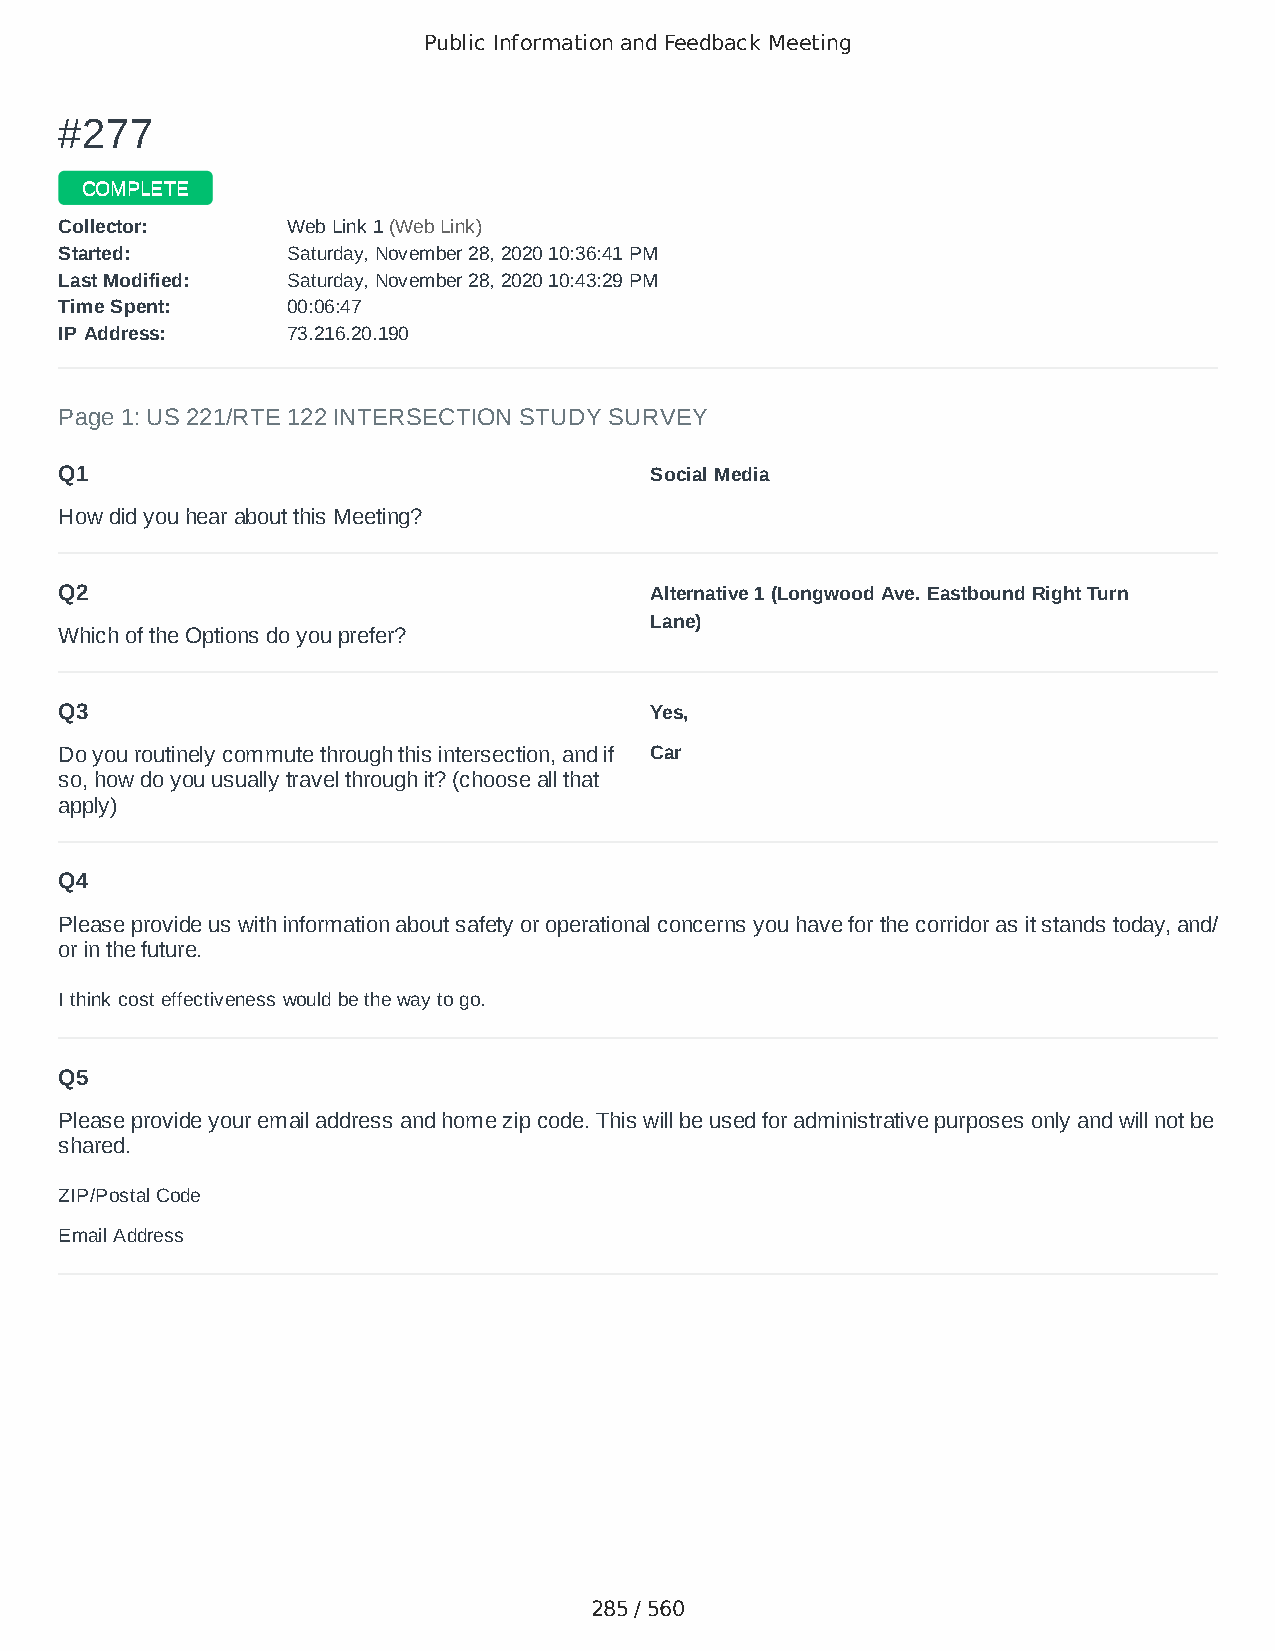
Public Information and Feedback Meeting
 ##227777
 CCOOMMPPLLEETTEE
 CCoolllleeccttoorr:: WWeebb LLiinnkk 11 ((WWeebb LLiinnkk))
 SSttaarrtteedd:: SSaattuurrddaayy,, NNoovveemmbbeerr 2288,, 22002200 1100::3366::4411 PPMM
 LLaasstt MMooddiiffiieedd:: SSaattuurrddaayy,, NNoovveemmbbeerr 2288,, 22002200 1100::4433::2299 PPMM
 TTiimmee SSppeenntt:: 0000::0066::4477
 IIPP AAddddrreessss:: 7733..221166..2200..119900
 Page 1: US 221/RTE 122 INTERSECTION STUDY SURVEY
 Q1                                     Social Media
 How did you hear about this Meeting?
 Q2                                     Alternative 1 (Longwood Ave. Eastbound Right Turn
 Lane)
 Which of the Options do you prefer?
 Q3                                     Yes,
 Do you routinely commute through this intersection, and if Car
 so, how do you usually travel through it? (choose all that
 apply)
 Q4
 Please provide us with information about safety or operational concerns you have for the corridor as it stands today, and/
 or in the future.
 I think cost effectiveness would be the way to go.
 Q5
 Please provide your email address and home zip code. This will be used for administrative purposes only and will not be
 shared.
 ZIP/Postal Code                        24174
 Email Address                          craftin.dawn@gmail.com
 285 / 560